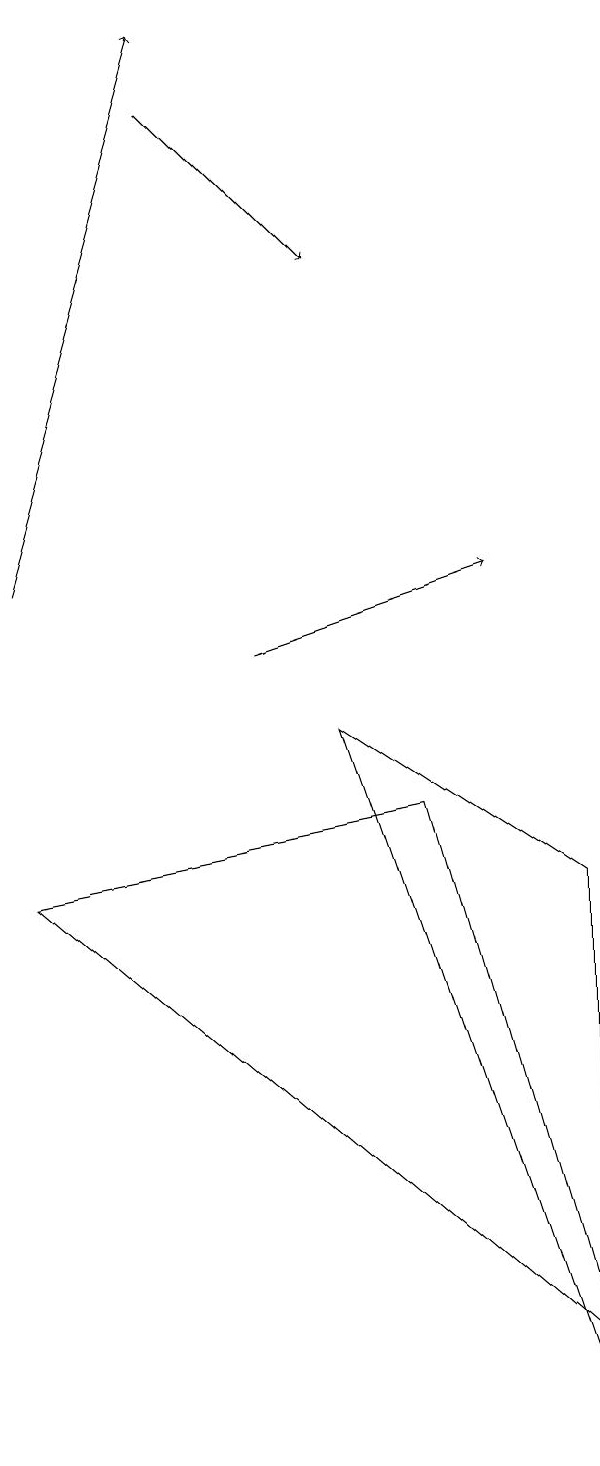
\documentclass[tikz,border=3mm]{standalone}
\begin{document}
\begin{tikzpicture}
\draw[->] (3,17) -- (5,15);
\draw (8,1) -- (1,7) -- (6,8) -- cycle;
\draw[->] (4,10) -- (7,11);
\draw[->] (1,11) -- (3,18);
\draw (5,9) -- (8,0) -- (8,7) -- cycle;
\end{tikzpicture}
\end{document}